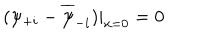
( \psi _ { + i } - \overline { { { \psi } } } _ { - i } ) | _ { x = 0 } = 0